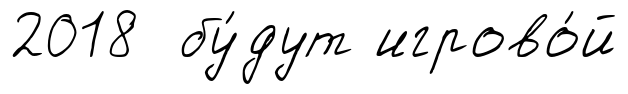
2018 бу́дут игрово́й